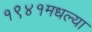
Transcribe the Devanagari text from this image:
१९४१मधल्या